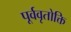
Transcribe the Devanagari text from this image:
पूर्ववृतोक्ति